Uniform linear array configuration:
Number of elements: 48
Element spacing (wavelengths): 1
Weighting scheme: blackman
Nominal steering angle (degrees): -45
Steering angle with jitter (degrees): -44.193
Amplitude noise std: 0.05
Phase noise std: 0.05

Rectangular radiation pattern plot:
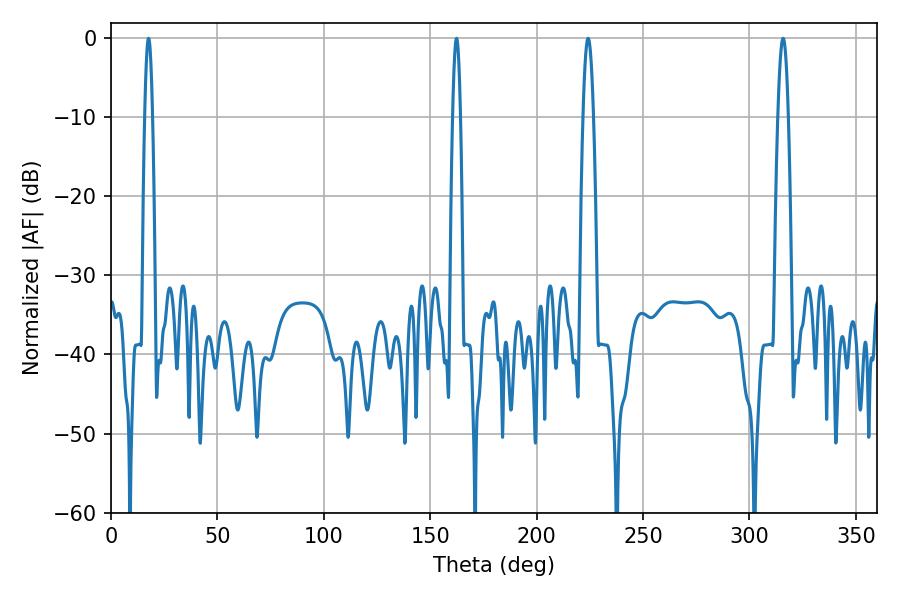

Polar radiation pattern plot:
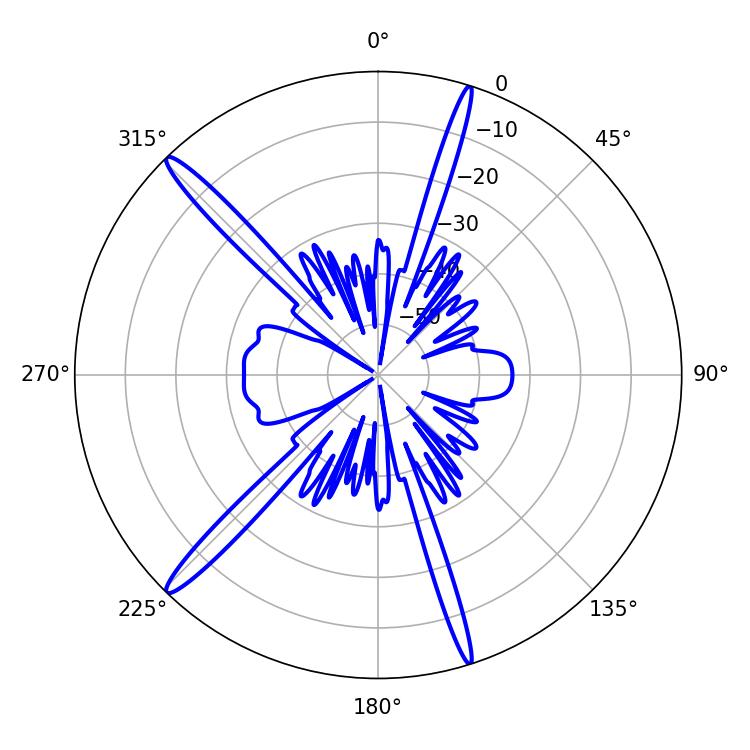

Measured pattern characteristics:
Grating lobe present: TRUE
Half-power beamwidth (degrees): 1.8
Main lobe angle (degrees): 17.64